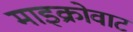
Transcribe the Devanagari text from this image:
माइक्रोवाट